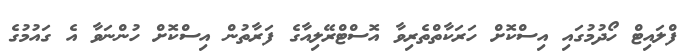
ފްލައިޓް ހޯދުމުގައި އިސްކޮށް ހަރަކާތްތެރިވާ އޮސްޓްރޭލިއާގެ ފަރާތުން އިސްކޮށް ހުންނަވާ އެ ގައުމުގެ